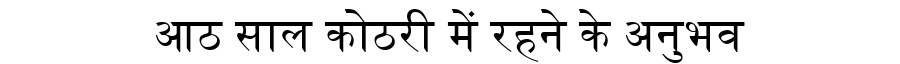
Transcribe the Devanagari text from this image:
आठ साल कोठरी में रहने के अनुभव